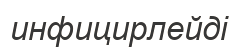
инфицирлейді